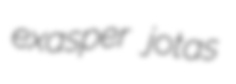
exasper jotas